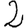
Digit: 2